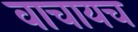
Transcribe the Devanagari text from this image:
वाचायच